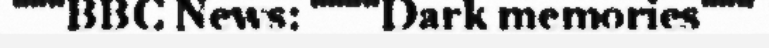
"""BBC News: """"Dark memories"""